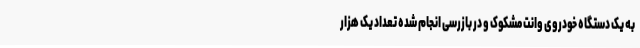
به یک دستگاه خودروی وانت مشکوک و در بازرسی انجام شده تعداد یک هزار